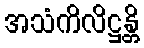
အသံကိလိဋ္ဌန္တိ